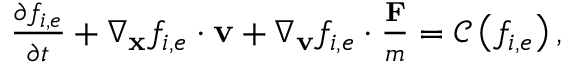
\begin{array} { r } { \begin{array} { r } { \frac { \partial f _ { i , e } } { \partial t } + \nabla _ { \mathbf { x } } f _ { i , e } \cdot \mathbf { v } + \nabla _ { \mathbf { v } } f _ { i , e } \cdot \frac { \mathbf { F } } { m } = \mathscr { C } \left( f _ { i , e } \right) , } \end{array} } \end{array}